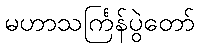
မဟာသင်္ကြန်ပွဲတော်